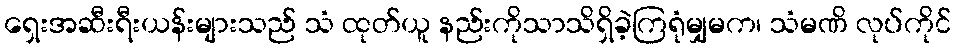
ရှေးအဆီးရီးယန်းများသည် သံ ထုတ်ယူ နည်းကိုသာသိရှိခဲ့ကြရုံမျှမက၊ သံမဏိ လုပ်ကိုင်